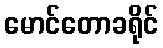
မောင်တောခရိုင်